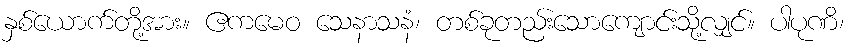
နှစ်ယောက်တို့အား။ ဧကမေဝ သေနာသနံ၊ တစ်ခုတည်းသောကျောင်းသို့လျှင်။ ပါပုဏိ၊